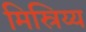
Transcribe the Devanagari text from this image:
मिस्रिय्य